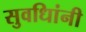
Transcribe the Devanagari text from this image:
सुवधिांनी